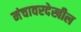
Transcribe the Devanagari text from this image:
मंचावरदेखील